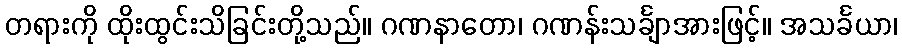
တရားကို ထိုးထွင်းသိခြင်းတို့သည်။ ဂဏနာတော၊ ဂဏန်းသင်္ချာအားဖြင့်။ အသင်္ခယာ၊